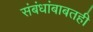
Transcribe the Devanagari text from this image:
संबंधांबाबतही